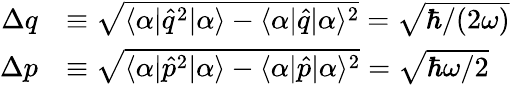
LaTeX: \begin{array}{rl}{\Delta q}&{\equiv\sqrt{\langle\alpha|\hat{q}^{2}|\alpha\rangle-\langle\alpha|\hat{q}|\alpha\rangle^{2}}=\sqrt{\hbar/(2\omega)}}\\ {\Delta p}&{\equiv\sqrt{\langle\alpha|\hat{p}^{2}|\alpha\rangle-\langle\alpha|\hat{p}|\alpha\rangle^{2}}=\sqrt{\hbar\omega/2}}\end{array}